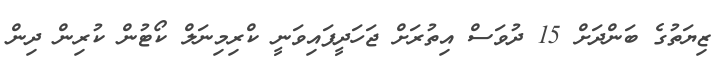
ޒިޔަތުގެ ބަންދަށް 15 ދުވަސް އިތުރަށް ޖަހަދީފައިވަނީ ކްރިމިނަލް ކޯޓުން ކުރިން ދިން